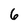
Character: 6